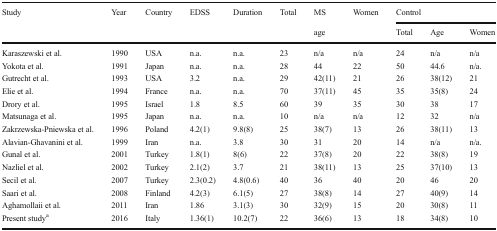
<table><thead><tr><td rowspan="2"><b>Study</b></td><td rowspan="2"><b>Year</b></td><td rowspan="2"><b>Country</b></td><td rowspan="2"><b>EDSS</b></td><td rowspan="2"><b>Duration</b></td><td rowspan="2"><b>Total</b></td><td><b>MS</b></td><td rowspan="2"><b>Women</b></td><td colspan="3"><b>Control</b></td></tr><tr><td><b>age</b></td><td><b>Total</b></td><td><b>Age</b></td><td><b>Women</b></td></tr></thead><tbody><tr><td>Karaszewski et al.</td><td>1990</td><td>USA</td><td>n.a.</td><td>n.a.</td><td>23</td><td>n/a</td><td>n/a</td><td>24</td><td>n/a</td><td>n/a</td></tr><tr><td>Yokota et al.</td><td>1991</td><td>Japan</td><td>n.a.</td><td>n.a.</td><td>28</td><td>44</td><td>22</td><td>50</td><td>44.6</td><td>n/a.</td></tr><tr><td>Gutrecht et al.</td><td>1993</td><td>USA</td><td>3.2</td><td>n.a.</td><td>29</td><td>42(11)</td><td>21</td><td>26</td><td>38(12)</td><td>21</td></tr><tr><td>Elie et al.</td><td>1994</td><td>France</td><td>n.a.</td><td>n.a.</td><td>70</td><td>37(11)</td><td>45</td><td>35</td><td>35(8)</td><td>24</td></tr><tr><td>Drory et al.</td><td>1995</td><td>Israel</td><td>1.8</td><td>8.5</td><td>60</td><td>39</td><td>35</td><td>30</td><td>38</td><td>17</td></tr><tr><td>Matsunaga et al.</td><td>1995</td><td>Japan</td><td>n.a.</td><td>n.a.</td><td>10</td><td>n/a</td><td>n/a</td><td>12</td><td>32</td><td>n/a</td></tr><tr><td>Zakrzewska-Pniewska et al.</td><td>1996</td><td>Poland</td><td>4.2(1)</td><td>9.8(8)</td><td>25</td><td>38(7)</td><td>13</td><td>26</td><td>38(11)</td><td>13</td></tr><tr><td>Alavian-Ghavanini et al.</td><td>1999</td><td>Iran</td><td>n.a.</td><td>3.8</td><td>30</td><td>31</td><td>20</td><td>14</td><td>n/a</td><td>n/a.</td></tr><tr><td>Gunal et al.</td><td>2001</td><td>Turkey</td><td>1.8(1)</td><td>8(6)</td><td>22</td><td>37(8)</td><td>20</td><td>22</td><td>38(8)</td><td>19</td></tr><tr><td>Nazliel et al.</td><td>2002</td><td>Turkey</td><td>2.1(2)</td><td>3.7</td><td>21</td><td>38(11)</td><td>13</td><td>25</td><td>37(10)</td><td>13</td></tr><tr><td>Secil et al.</td><td>2007</td><td>Turkey</td><td>2.3(0.2)</td><td>4.8(0.6)</td><td>40</td><td>36</td><td>40</td><td>20</td><td>46</td><td>20</td></tr><tr><td>Saari et al.</td><td>2008</td><td>Finland</td><td>4.2(3)</td><td>6.1(5)</td><td>27</td><td>38(8)</td><td>14</td><td>27</td><td>40(9)</td><td>14</td></tr><tr><td>Aghamollaii et al.</td><td>2011</td><td>Iran</td><td>1.86</td><td>3.1(3)</td><td>30</td><td>32(9)</td><td>15</td><td>20</td><td>30(8)</td><td>11</td></tr><tr><td>Present study<sup>a</sup></td><td>2016</td><td>Italy</td><td>1.36(1)</td><td>10.2(7)</td><td>22</td><td>36(6)</td><td>13</td><td>18</td><td>34(8)</td><td>10</td></tr></tbody></table>